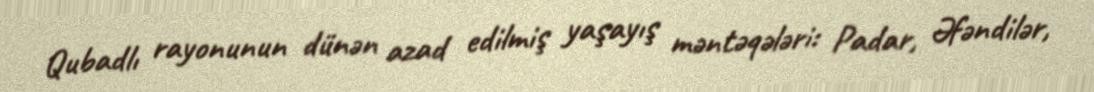
Qubadlı rayonunun dünən azad edilmiş yaşayış məntəqələri: Padar, Əfəndilər,